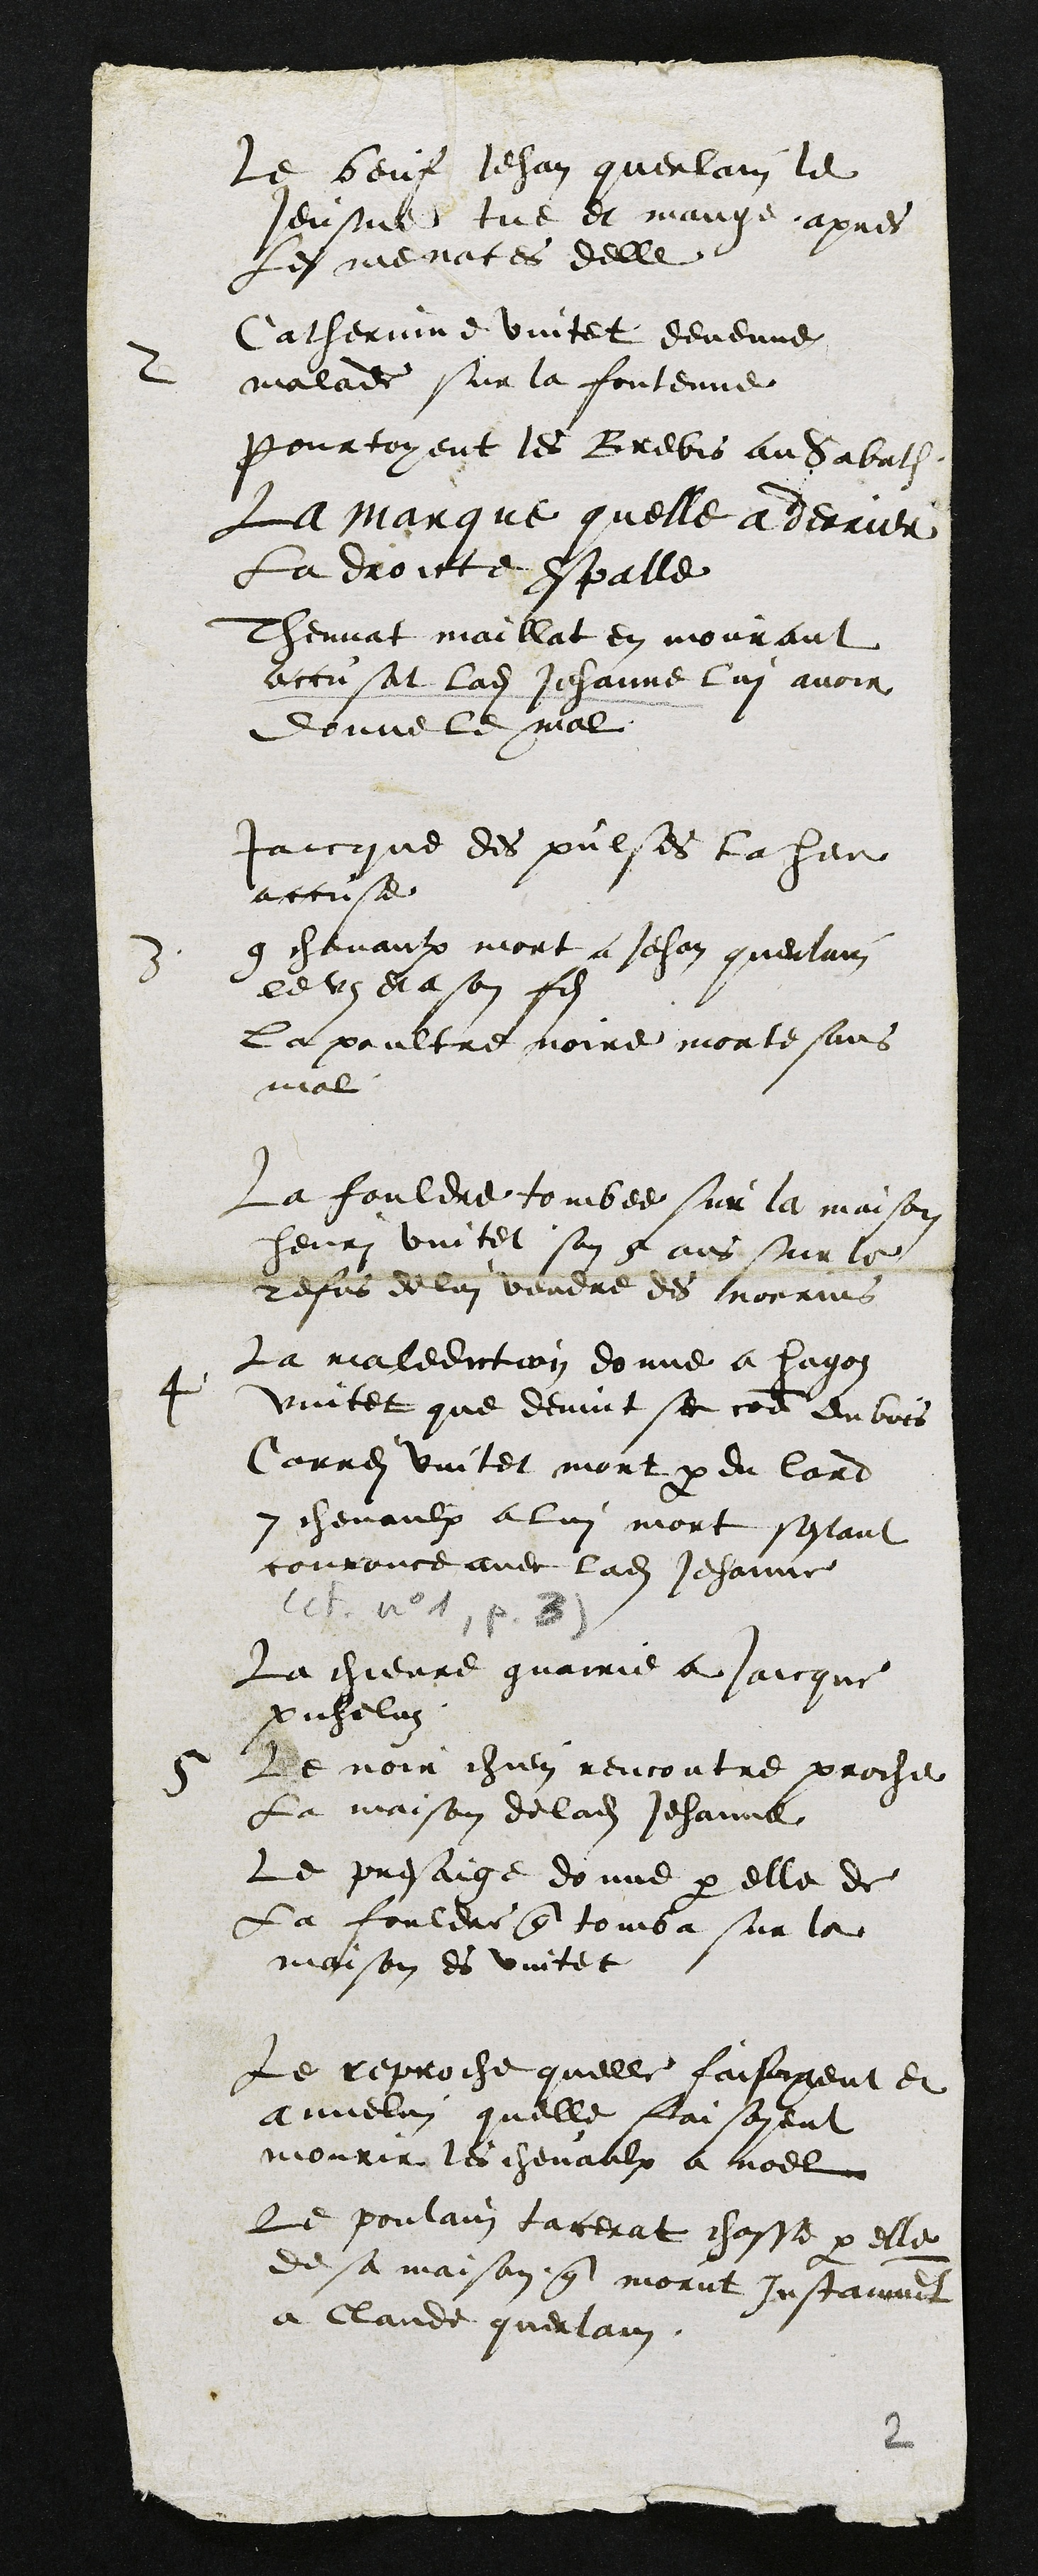
le beuf Jehan querlain le
Jeusne tue et mange apres
les menaces delle
2
Catherinne Vuitet devenue
malade sur la fontenne
Pourtoyent les Brebis au Sabath
La marque quelle a derrier
La droicte espalle
Thennat maillat en mourant
accusat ladite Jehanne lui avoir
donne le mal
Jaicque des pulses la heu
accuse
3
9 chevaulx mort a Jehan querlain
le vieux et a son fils
la poultre noire morte sans
mal
La fouldre tombee sur la maison
Henri Vuitet son 5 ans sur le
refus de lui vendre des norrins
4
La malediction donne a hugoz
vuitet que devint sec comme du bois
Correi Vuitet mort par du lard
7 chevaux a lui mort sestant
courouce avec ladite Jehanne
La chievre guairie a Jaicque
Picheluz
5
Le noir chien rencontre proche
La maison de ladite Jehanne
Le presaige donne par elle de
La fouldre que tomba sur la
maison es Vuitet
Le reproche quelle faisoiyent et
Annelin quelle faisoyent
mourir les chevaulx a noel
Le poulain tacerat chasse par elle
de sa maison que morut Instanment
a Claude guerlain.